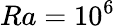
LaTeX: Ra=10^{6}